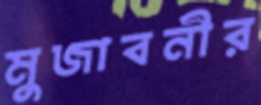
মুজাবনীর